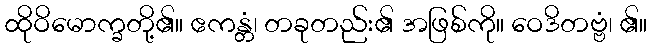
ထိုဝိမောက္ခတို့၏။ ဧကန္တံ၊ တခုတည်း၏ အဖြစ်ကို။ ဝေဒိတဗ္ဗံ၊ ၏။